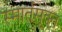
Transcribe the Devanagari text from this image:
स्मार्तसूक्त